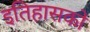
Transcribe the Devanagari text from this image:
इतिहासको